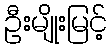
ဦးမျိုးမြင့်